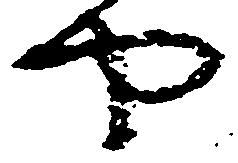
や